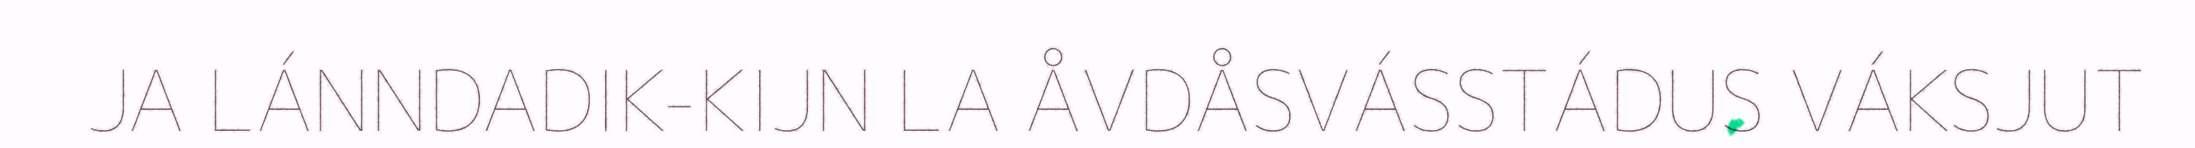
JA LÁNNDADIK-KIJN LA ÅVDÅSVÁSSTÁDUS VÁKSJUT